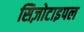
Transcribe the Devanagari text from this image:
सिज़ोटाइपल